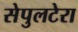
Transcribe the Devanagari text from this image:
सेपुलटेरा